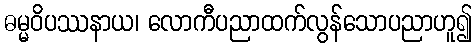
ဓမ္မဝိပဿနာယ၊ လောကီပညာထက်လွန်သောပညာဟူ၍